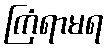
ကြံရာမရ